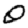
Digit: 0